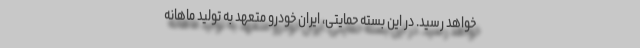
خواهد رسید. در این بسته حمایتی، ایران خودرو متعهد به تولید ماهانه